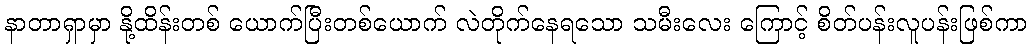
နာတာရှာမှာ နို့ထိန်းတစ် ယောက်ပြီးတစ်ယောက် လဲတိုက်နေရသော သမီးလေး ကြောင့် စိတ်ပန်းလူပန်းဖြစ်ကာ